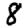
Digit: 8